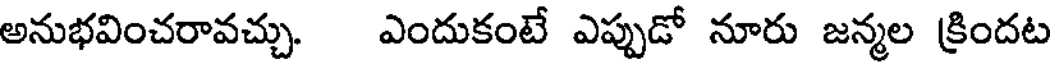
అనుభవించరావచ్చు. ఎందుకంటే ఎప్పుడో నూరు జన్మల క్రిందట